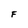
Character: F